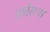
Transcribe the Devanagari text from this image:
हर्शेलचा